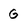
Character: G